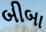
બીબા